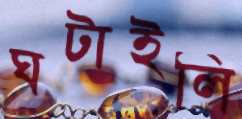
ঘটাইলি